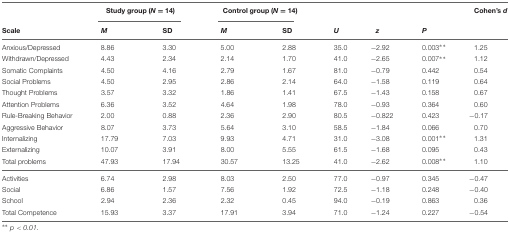
<table><thead><tr><td></td><td colspan="2"><b>Study group (<i>N</i> = 14)</b></td><td colspan="2"><b>Control group (<i>N</i> = 14)</b></td><td></td><td></td><td></td><td><b>Cohen’s <i>d</i></b></td></tr><tr><td><b>Scale</b></td><td><b><i>M</i></b></td><td><b>SD</b></td><td><b><i>M</i></b></td><td><b>SD</b></td><td><b><i>U</i></b></td><td><b><i>z</i></b></td><td><b><i>P</i></b></td><td></td></tr></thead><tbody><tr><td>Anxious/Depressed</td><td>8.86</td><td>3.30</td><td>5.00</td><td>2.88</td><td>35.0</td><td>-2.92</td><td>0.003**</td><td>1.25</td></tr><tr><td>Withdrawn/Depressed</td><td>4.43</td><td>2.34</td><td>2.14</td><td>1.70</td><td>41.0</td><td>-2.65</td><td>0.007**</td><td>1.12</td></tr><tr><td>Somatic Complaints</td><td>4.50</td><td>4.16</td><td>2.79</td><td>1.67</td><td>81.0</td><td>-0.79</td><td>0.442</td><td>0.54</td></tr><tr><td>Social Problems</td><td>4.50</td><td>2.95</td><td>2.86</td><td>2.14</td><td>64.0</td><td>-1.58</td><td>0.119</td><td>0.64</td></tr><tr><td>Thought Problems</td><td>3.57</td><td>3.32</td><td>1.86</td><td>1.41</td><td>67.5</td><td>-1.43</td><td>0.158</td><td>0.67</td></tr><tr><td>Attention Problems</td><td>6.36</td><td>3.52</td><td>4.64</td><td>1.98</td><td>78.0</td><td>-0.93</td><td>0.364</td><td>0.60</td></tr><tr><td>Rule-Breaking Behavior</td><td>2.00</td><td>0.88</td><td>2.36</td><td>2.90</td><td>80.5</td><td>-0.822</td><td>0.423</td><td>-0.17</td></tr><tr><td>Aggressive Behavior</td><td>8.07</td><td>3.73</td><td>5.64</td><td>3.10</td><td>58.5</td><td>-1.84</td><td>0.066</td><td>0.70</td></tr><tr><td>Internalizing</td><td>17.79</td><td>7.03</td><td>9.93</td><td>4.71</td><td>31.0</td><td>-3.08</td><td>0.001**</td><td>1.31</td></tr><tr><td>Externalizing</td><td>10.07</td><td>3.91</td><td>8.00</td><td>5.55</td><td>61.5</td><td>-1.68</td><td>0.095</td><td>0.43</td></tr><tr><td>Total problems</td><td>47.93</td><td>17.94</td><td>30.57</td><td>13.25</td><td>41.0</td><td>-2.62</td><td>0.008**</td><td>1.10</td></tr><tr><td>Activities</td><td>6.74</td><td>2.98</td><td>8.03</td><td>2.50</td><td>77.0</td><td>-0.97</td><td>0.345</td><td>-0.47</td></tr><tr><td>Social</td><td>6.86</td><td>1.57</td><td>7.56</td><td>1.92</td><td>72.5</td><td>-1.18</td><td>0.248</td><td>-0.40</td></tr><tr><td>School</td><td>2.94</td><td>2.36</td><td>2.32</td><td>0.45</td><td>94.0</td><td>-0.19</td><td>0.863</td><td>0.36</td></tr><tr><td>Total Competence</td><td>15.93</td><td>3.37</td><td>17.91</td><td>3.94</td><td>71.0</td><td>-1.24</td><td>0.227</td><td>-0.54</td></tr></tbody></table>